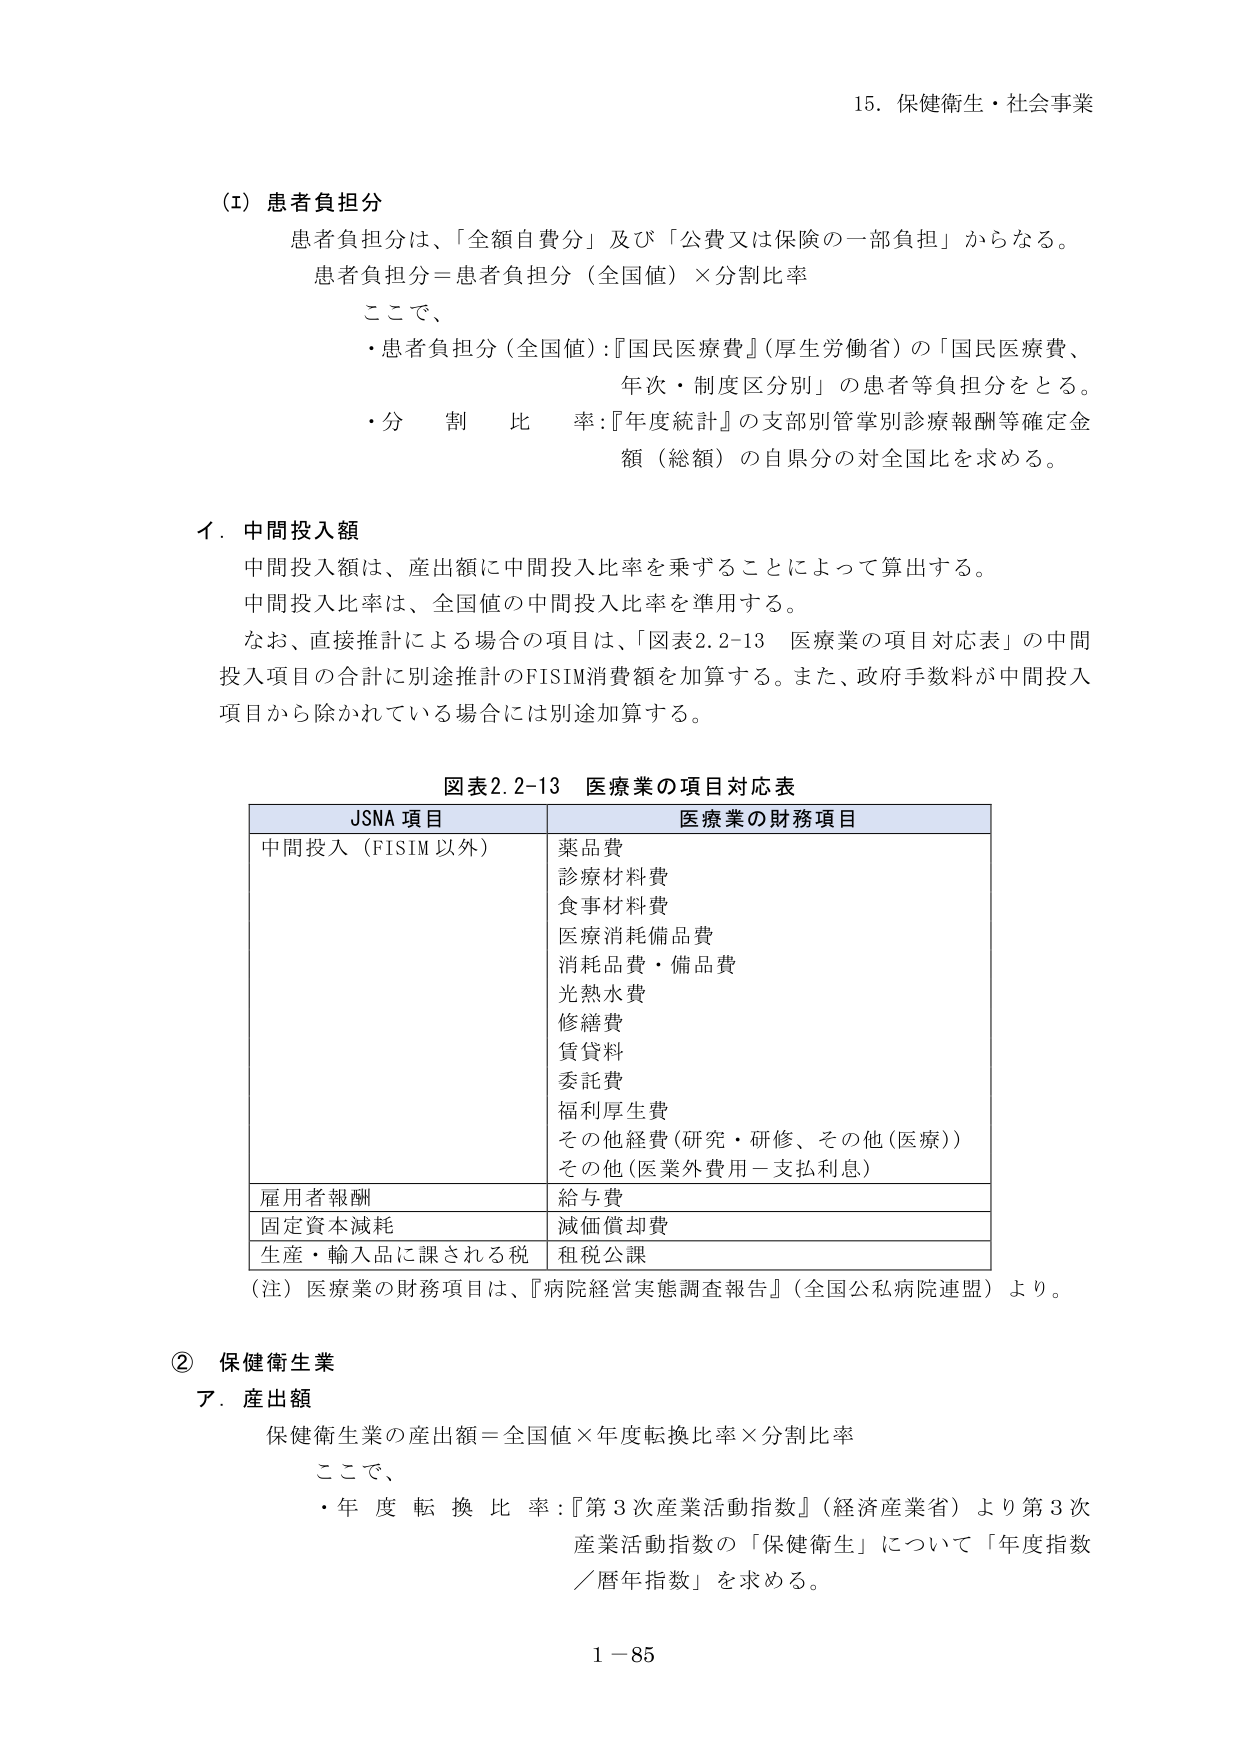
15. 保健衛生・社会事業

(Ⅰ) 患者負担分
患者負担分は、「全額自費分」及び「公費又は保険の一部負担」からなる。
患者負担分＝患者負担分（全国値）×分割比率
ここで、
・患者負担分（全国値）：『国民医療費』（厚生労働省）の「国民医療費、年次・制度区分別」の患者等負担分をとる。
・分割比率：『年度統計』の支部別管掌別診療報酬等確定金額（総額）の自県分の対全国比を求める。

イ．中間投入額
中間投入額は、産出額に中間投入比率を乗ずることによって算出する。
中間投入比率は、全国値の中間投入比率を準用する。
なお、直接推計による場合の項目は、「図表2.2-13 医療業の項目対応表」の中間投入項目の合計に別途推計のFISIM消費額を加算する。また、政府手数料が中間投入項目から除かれている場合には別途加算する。

図表2.2-13 医療業の項目対応表
| JSNA 項目 | 医療業の財務項目 |
|------------|------------------|
| 中間投入（FISIM以外） | 薬品費<br>診療材料費<br>食事材料費<br>医療消耗備品費<br>消耗品費・備品費<br>光熱水費<br>修繕費<br>賃貸料<br>委託費<br>福利厚生費<br>その他経費（研究・研修、その他（医療））<br>その他（医業外費用－支払利息） |
| 雇用者報酬 | 給与費 |
| 固定資本減耗 | 減価償却費 |
| 生産・輸入品に課される税 | 租税公課 |
（注）医療業の財務項目は、『病院経営実態調査報告』（全国公私病院連盟）より。

② 保健衛生業
ア．産出額
保健衛生業の産出額＝全国値×年度転換比率×分割比率
ここで、
・年度転換比率：『第3次産業活動指数』（経済産業省）より第3次産業活動指数の「保健衛生」について「年度指数／暦年指数」を求める。

1－85